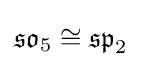
{\mathfrak {so}}_{5}\cong {\mathfrak {sp}}_{2}